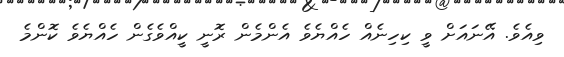
ވިއެވެ. އޭނައަށް ވީ ކިހިނެއް ހެއްޔެވެ އެންމެން ރޮނީ ކީއްވެގެން ހެއްޔެވެ ކޮންމެ